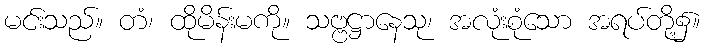
မင်းသည်။ တံ၊ ထိုမိန်းမကို။ သဗ္ဗဋ္ဌာနေသု၊ အလုံးစုံသော အရပ်တို့၌။